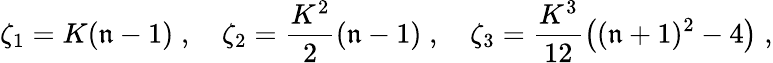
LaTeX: \zeta_{1}=K(\mathfrak{n}-1)\; ,\quad\zeta_{2}=\frac{{K^{2}}}{{2}}(\mathfrak{n}-1)\; ,\quad\zeta_{3}=\frac{{K^{3}}}{{12}}\big((\mathfrak{n}+1)^{2}-4\big)\; ,